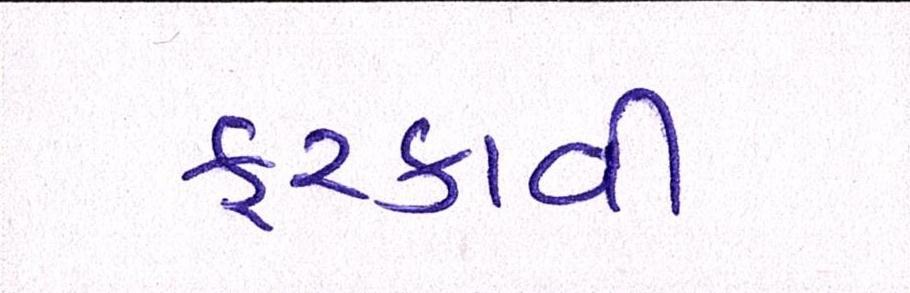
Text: ફરકાવી